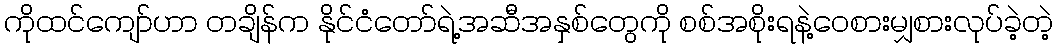
ကိုထင်ကျော်ဟာ တချိန်က နိုင်ငံတော်ရဲ့အဆီအနှစ်တွေကို စစ်အစိုးရနဲ့ဝေစားမျှစားလုပ်ခဲ့တဲ့